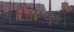
માઉશ